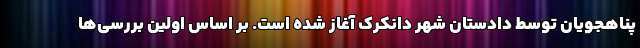
پناهجویان توسط دادستان شهر دانکرک آغاز شده است. بر اساس اولین بررسی‌ها